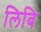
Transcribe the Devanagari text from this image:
लिबि